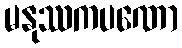
မနုဿကပဏော